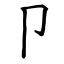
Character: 卩